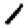
Digit: 1